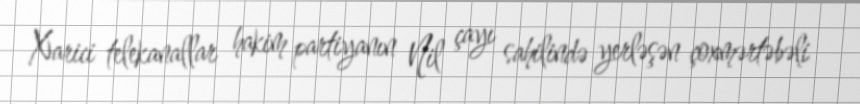
Xarici telekanallar hakim partiyanın Nil çayı sahilində yerləşən çoxmərtəbəli